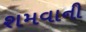
શમવાની